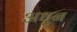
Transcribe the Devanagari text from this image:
अधुन